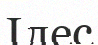
Ілес